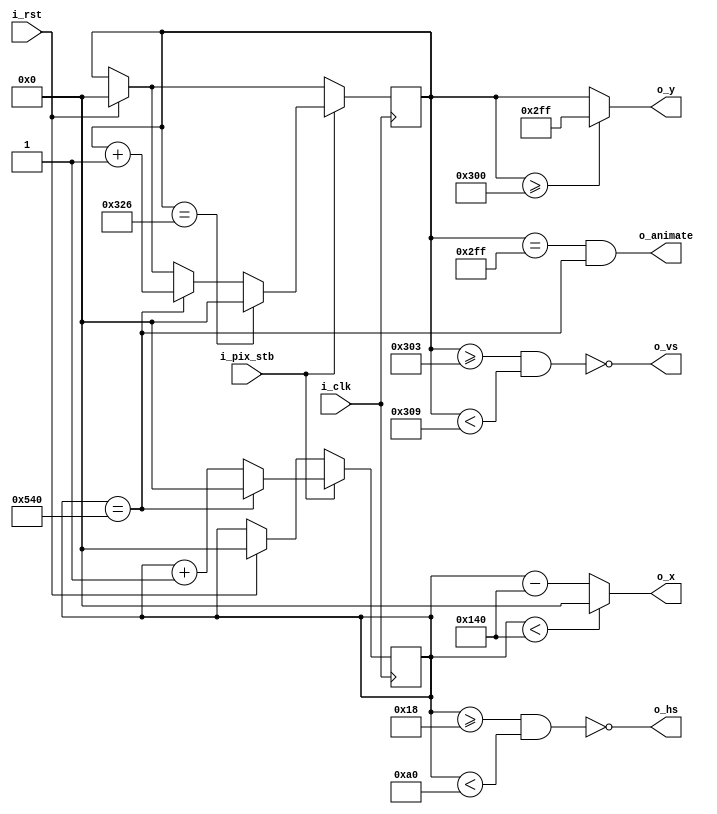
`timescale 1ns / 1ps
module VGA1024x768(
    input i_clk,           // base clock
    input i_pix_stb,       // pixel clock strobe
    input i_rst,           // reset: restarts frame
    output wire o_hs,           // horizontal sync
    output wire o_vs,           // vertical sync
    output wire [10:0] o_x,      // current pixel x position
    output wire [10:0] o_y,       // current pixel y position
    output wire o_animate         // high for one tick at end of active drawing
    );
    // VGA timings 
    localparam HS_STA = 24;              // horizontal sync start
    localparam HS_END = 24 + 136;         // horizontal sync end
    localparam HA_STA = 24 + 136 + 160;    // horizontal active pixel start
    localparam VS_STA = 768 + 3;        // vertical sync start
    localparam VS_END = 768 + 3 + 6;    // vertical sync end
    localparam VA_END = 768;             // vertical active pixel end
    localparam LINE   = 1344;             // complete line (pixels)
    localparam SCREEN = 806;             // complete screen (lines)

    reg [10:0] h_count;  // line position
    reg [10:0] v_count;  // screen position

    // generate sync signals (active low for 640x480)
    assign o_hs = ~((h_count >= HS_STA) & (h_count < HS_END));
    assign o_vs = ~((v_count >= VS_STA) & (v_count < VS_END));

    // keep x and y bound within the active pixels
    assign o_x = (h_count < HA_STA) ? 0 : (h_count - HA_STA);
    assign o_y = (v_count >= VA_END) ? (VA_END - 1) : (v_count);

    // animate: high for one tick at the end of the final active pixel line
    assign o_animate = ((v_count == VA_END - 1) & (h_count == LINE));

    always @ (posedge i_clk)
    begin
        if (i_rst)  // reset to start of frame
        begin
            h_count <= 0;
            v_count <= 0;
        end
        if(i_pix_stb)  // once per pixel
        begin
            if (h_count == LINE)  // end of line
            begin
                h_count <= 0;
                v_count <= v_count + 1;
            end
            else 
                h_count <= h_count + 1;

            if (v_count == SCREEN)  // end of screen
                v_count <= 0;
        end
    end
endmodule